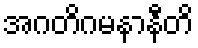
အဂတိဂမနာနီတိ